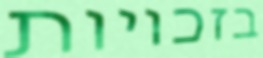
בזכויות